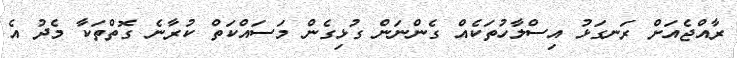
ރާއްޖެއަށް ރަނގަޅު އިސްލާހުތަކެއް ގެންނަން ގުޅިގެން މަސައްކަތް ކުރާނެ ގޮތްތަކާ މެދު އެ